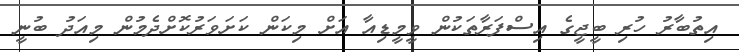
އިތުބާރު ހުރި ބީޖީގެ އިސްފަރާތަކުން ވީމީޑިއާ އަށް މިކަން ކަށަވަރުކޮށްދެމުން މިއަދު ބުނީ